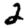
Digit: 2